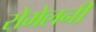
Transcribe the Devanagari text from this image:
रोमेलनी